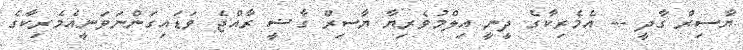
ޔާސިރް ގާދީ -- އެމެރިކާގެ ދީނީ އިލްމުވެރިޔާ ޔާސިރް ގާޟީ ރާއްޖެ ވަޑައިގަންނަވަނީއެމެރިކާގެ